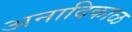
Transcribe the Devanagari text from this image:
अनादिकाळ